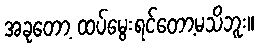
အခုတော့ ထပ်မွေးရင်တော့မသိဘူး။